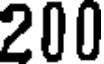
200